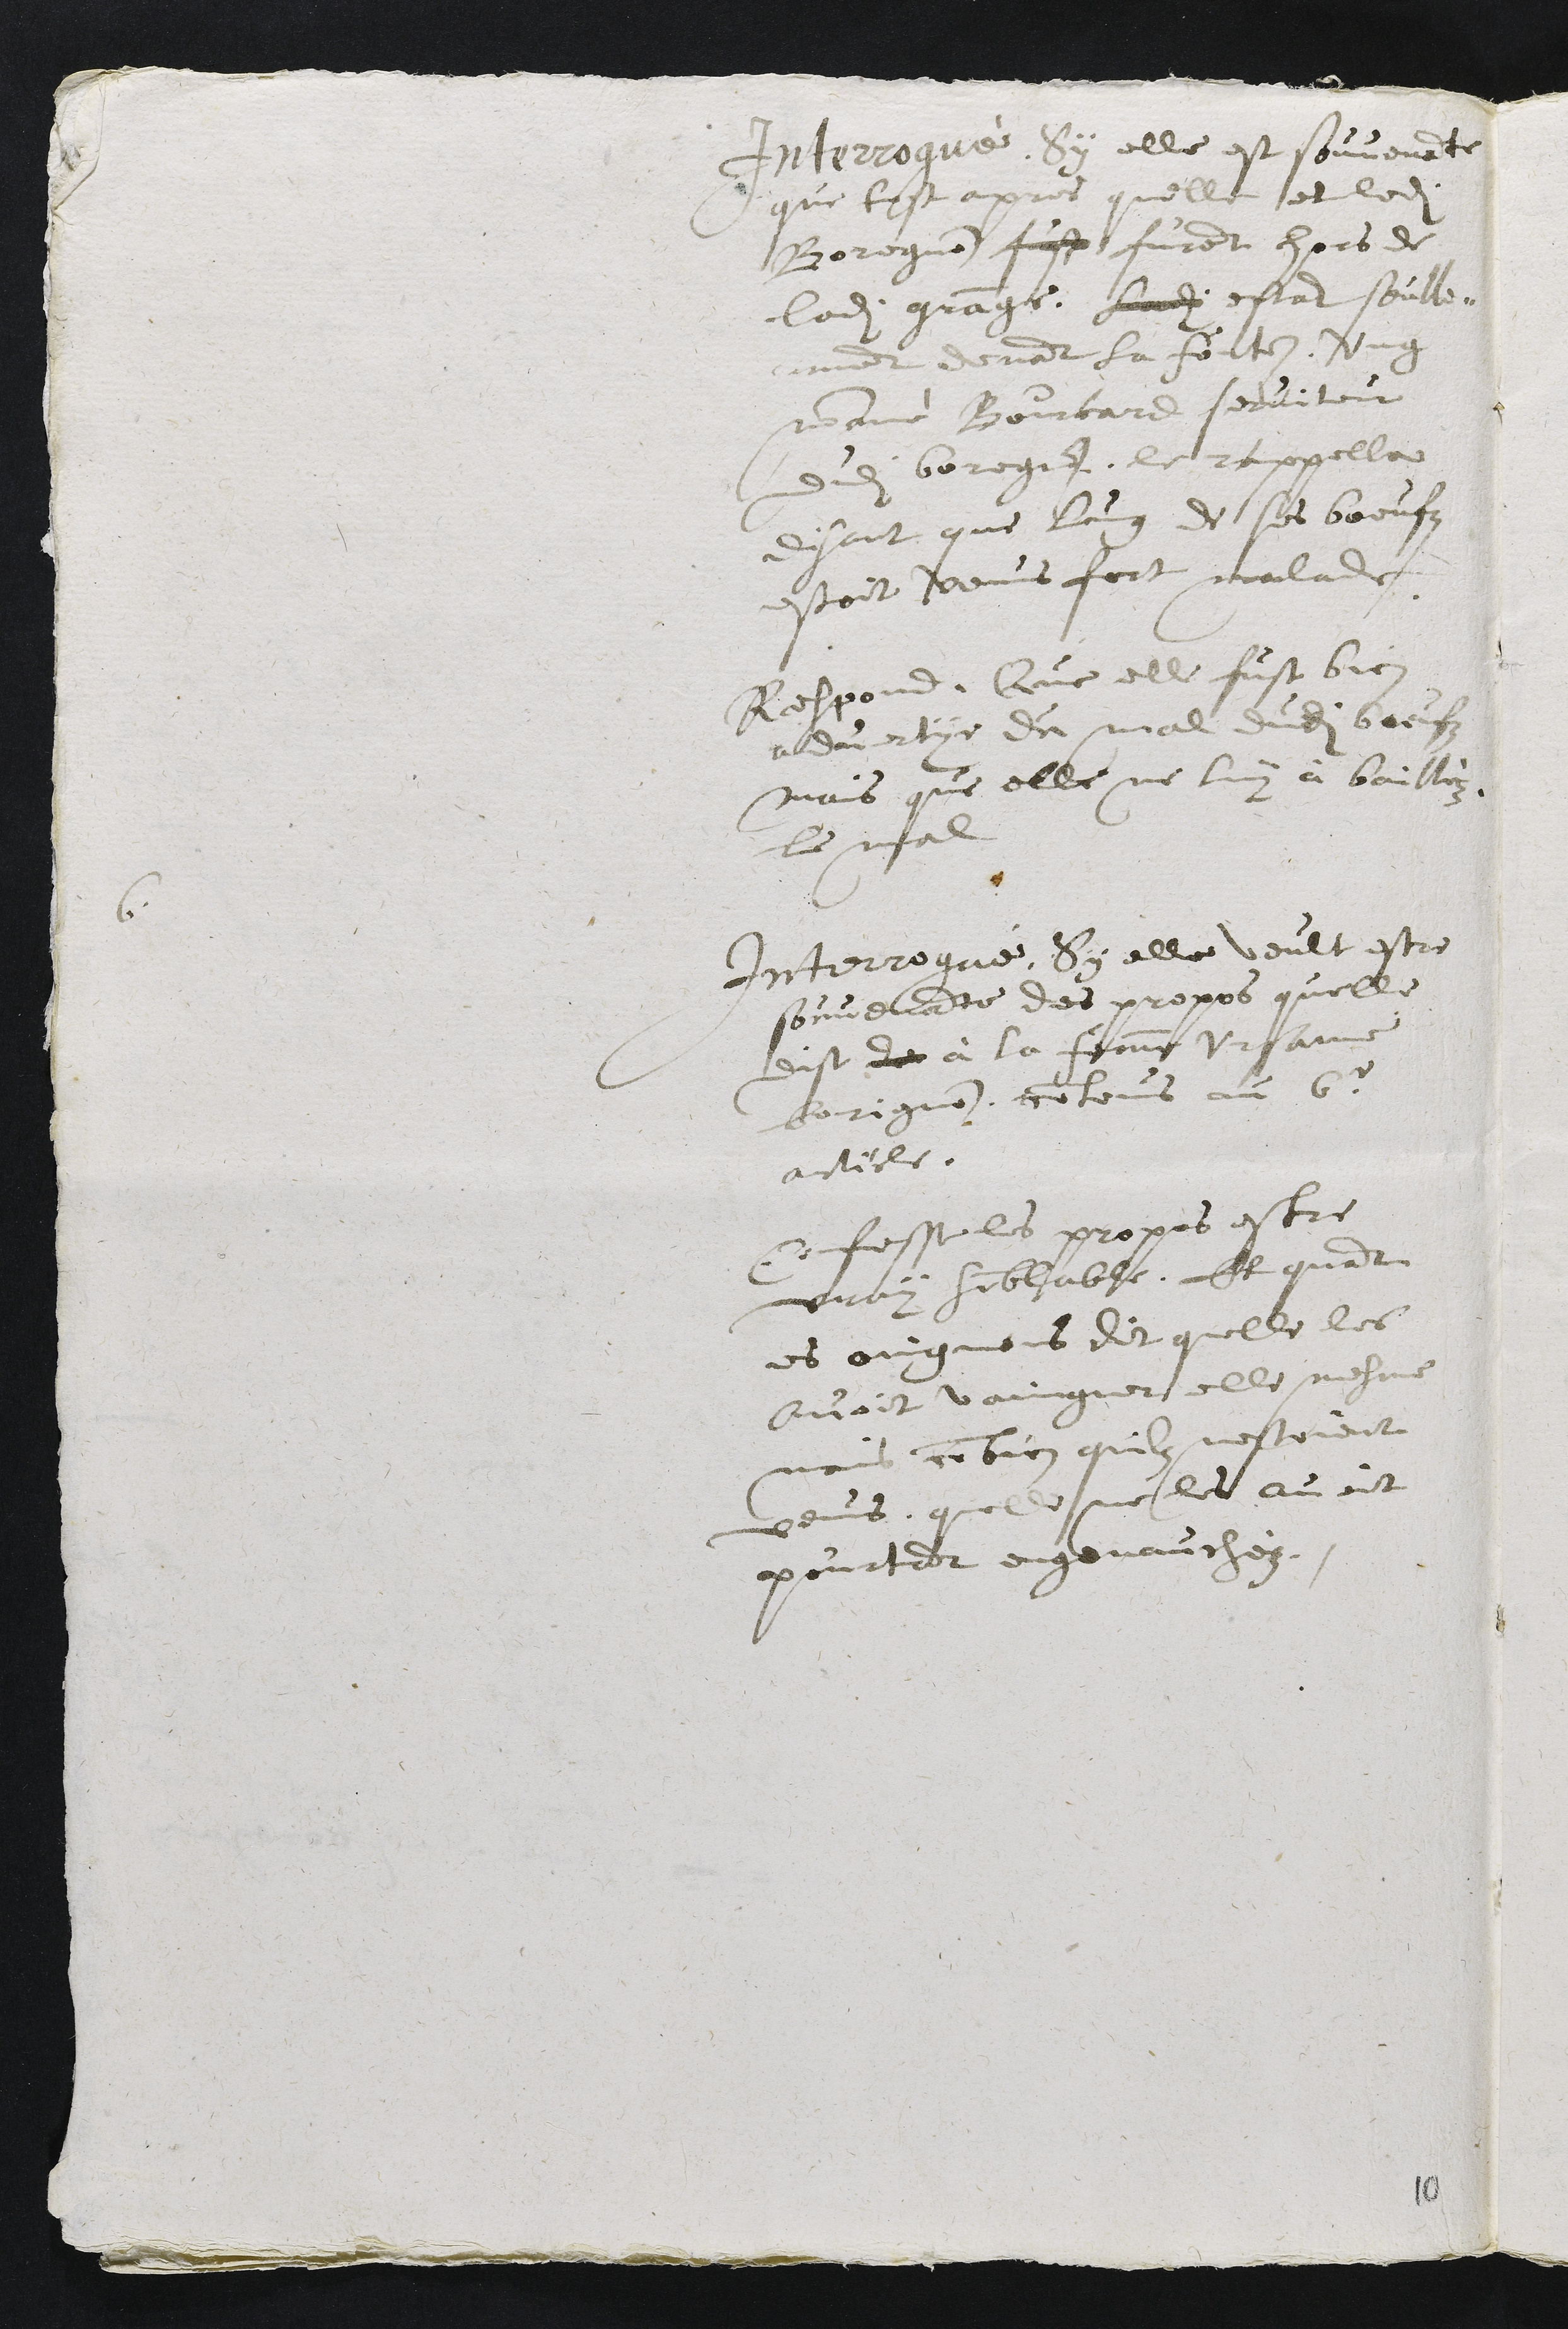
Interrogué, Sy elle est souvenante
que tost apres quelle et ledit
Boregnon fust furent hors de
ladite grange, sondit estant seulle "
" ment devant la fontaine, ung
nommé Bourcard serviteur
dudit boregnon, le rappella
disant que lung de ses boeufz
estoit venus fort malade.
Respond, Que elle fust bien
advertye du mal dudit boeufz
mais que elle ne luy à bailléz
le mal
6.
Interrogué, Sy elle veult estre
souvenante des propos quelle
dist d à la femme Ursanne
borignon, contenus au 6.e
article.
Confesse les propos estre
vraysemblable. Et quant
es oingnons dit quelle les
avoit vaingner elle mesme
mais combien quilz nestoient
venus, quelle ne les avoit
pourtant engenauchéz.